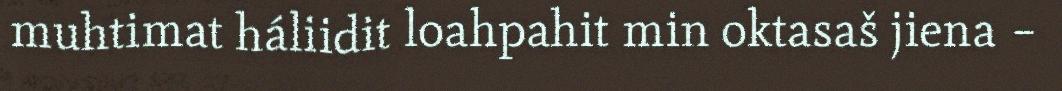
muhtimat háliidit loahpahit min oktasaš jiena –